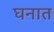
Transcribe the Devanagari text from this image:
घनात